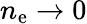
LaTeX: n_{\mathrm{e}}\to 0